Indian Civil Veterinary Department memoirs
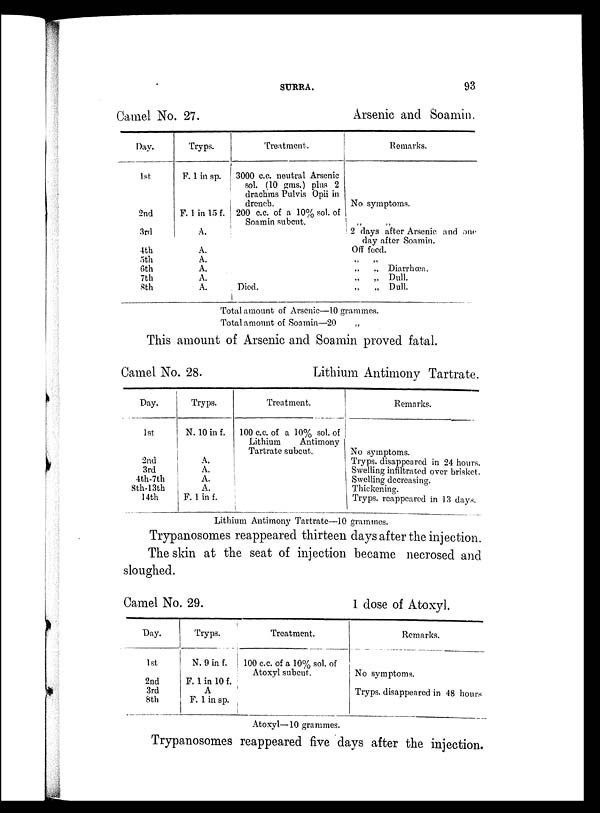
SURRA.
93
Camel No. 27.
Day.
1st
2nd
3rd
4th
5th
6th
7th
8th
Tryps.
F. 1 in sp.
F. 1 in 15 f.
A.
A.
A.
A.
A.
A.
Treatment.
3000 c.c. neutral Arsenic
sol. (10 gms.) plus 2
drachms Pulvis Opii in
drench.
200 c.c. of a 10% sol. of
Soamin subcut.
Died.
Arsenic and Soamin.
Remarks.
No symptoms.
„ „
2 days after Arsenic and one
day after Soamin.
Off feed.
„ „
„ „ Diarrhœa.
„ „ Dull.
„
„ Dull.
Total amount of Arsenic—10 grammes.
Total amount of Soamin—20
„
This amount of Arsenic and Soamin proved fatal.
Camel No. 28.
Day.
1st
2nd
3rd
4th-7th
8th-13th
14th
Tryps.
N. 10 in f.
A.
A.
A.
A.
F. 1 in f.
Lithium Antimony Tartrate.
Treatment.
100 c.c. of a 10% sol. of
Lithium
Antimony
Tartrate subcut.
Remarks.
No symptoms.
Tryps. disappeared in 24 hours.
Swelling infiltrated over brisket.
Swelling decreasing.
Thickening.
Tryps. reappeared in 13 days.
Lithium Antimony Tartrate—10 grammes.
Trypanosomes reappeared thirteen days after the injection.
The skin at the seat of injection became necrosed and
sloughed.
Camel No. 29.
Day.
1st
2nd
3rd
8th
Tryp3.
N. 9 in f.
F. 1 in 10 f.
A
F. 1 in sp.
Treatment.
100 c.c. of a 10% sol. of
Atoxyl subcut.
1 dose of Atoxyl.
Remarks.
No symptoms.
Tryps. disappeared in 48 hours
Atoxyl—10 grammes.
Trypanosomes reappeared five days after the injection.